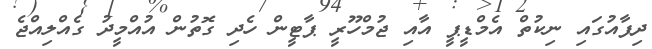
ދިފާއުގައި ނިކުތް އެމްޑީޕީ އާއި ޖުމްހޫރީ ޕާޓީން ހެދި ގޮތުން އުއްމީދު ގެއްލިއްޖެ